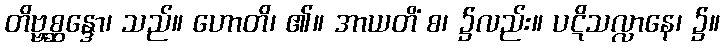
တိဗ္ဗစ္ဆန္ဒော၊ သည်။ ဟောတိ၊ ၏။ အာယတိံ စ၊ ၌လည်း။ ပဋိသလ္လာနေ၊ ၌။